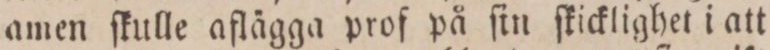
amen ſkulle aflägga prof på ſin ſkicklighet i att